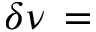
\delta \nu \, =